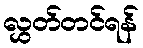
လွှတ်တင်ရန်